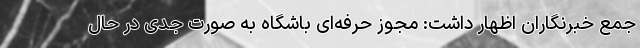
جمع خبرنگاران اظهار داشت: مجوز حرفه‌ای باشگاه به صورت جدی در حال